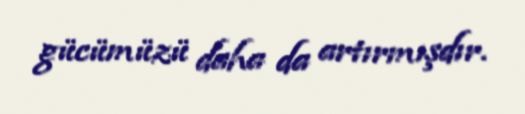
gücümüzü daha da artırmışdır.